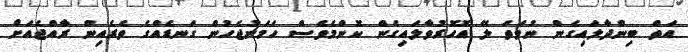
އަތް ބިންދާލައިގެން ނުވަތަ ލޭ އޮހޮރުވާލައިގެން ކޮންމެވެސް ހަމަނުޖެހުން ގަނޑެއްގެ ތެރެއިން ރާއްޖެއަށް